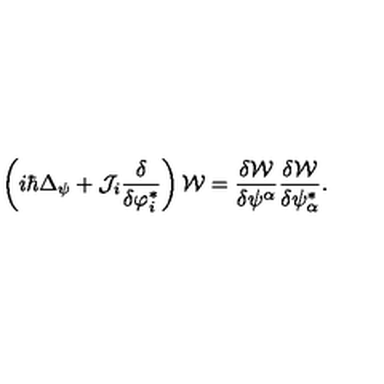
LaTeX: \left( i \hbar \Delta _ { \psi } + { \cal J } _ { i } \frac { \delta } { \delta \varphi _ { i } ^ { * } } \right) { \cal W } = \frac { \delta { \cal W } } { \delta \psi ^ { \alpha } } \frac { \delta { \cal W } } { \delta \psi _ { \alpha } ^ { * } } .